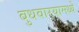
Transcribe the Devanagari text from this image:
बुधवार्‍यामध्ये